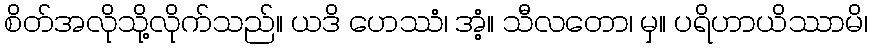
စိတ်အလိုသို့လိုက်သည်။ ယဒိ ဟေဿံ၊ အံ့။ သီလတော၊ မှ။ ပရိဟာယိဿာမိ၊